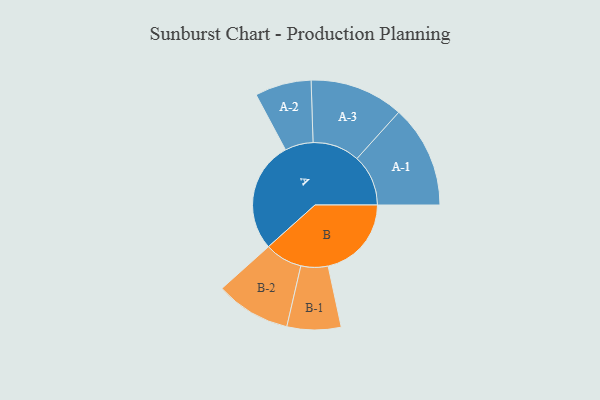
{"axis": {"x": "Segment", "y": "Value"}, "legend": ["", "A", "B"], "data": [{"x": "A", "y": 461, "type": ""}, {"x": "B", "y": 346, "type": ""}, {"x": "A-1", "y": 213, "type": "A"}, {"x": "A-2", "y": 117, "type": "A"}, {"x": "A-3", "y": 195, "type": "A"}, {"x": "B-1", "y": 112, "type": "B"}, {"x": "B-2", "y": 156, "type": "B"}]}